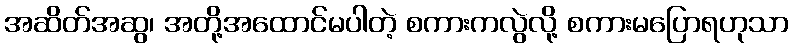
အဆိတ်အဆွ၊ အတို့အထောင်မပါတဲ့ စကားကလွဲလို့ စကားမပြောရဟုသာ